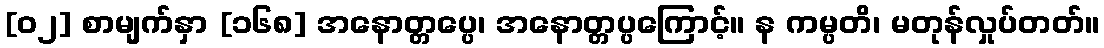
[၀၂] စာမျက်နှာ [၁၆၈] အနောတ္တပ္ပေ၊ အနောတ္တပ္ပကြောင့်။ န ကမ္ပတိ၊ မတုန်လှုပ်တတ်။